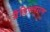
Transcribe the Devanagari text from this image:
ग्रैंडिफ्लारम